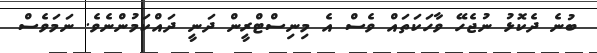
ބުނެ ދެކޮޅު ނުޖެހޭ ވާހަކަތައް ވެސް އެ މިނިސްޓްރީން ދަނީ ދައްކަމުންނެވެ. ނަމަވެސް